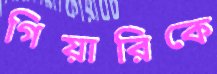
গিয়ারিকে